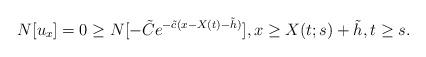
LaTeX: \begin{align*}N[u_{x}]=0\geq N[-\tilde{C}e^{-\tilde{c}(x-X(t)-\tilde{h})}],x\geq X(t;s)+\tilde{h},t\geq s.\end{align*}